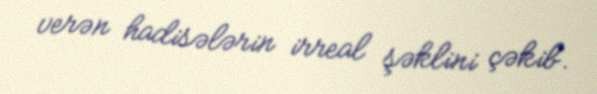
verən hadisələrin irreal şəklini çəkib.